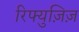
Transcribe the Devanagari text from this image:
रिफ्युज़िज़